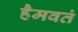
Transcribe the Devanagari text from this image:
हैमवतं